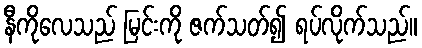
နီကိုလေသည် မြင်းကို ဇက်သတ်၍ ရပ်လိုက်သည်။